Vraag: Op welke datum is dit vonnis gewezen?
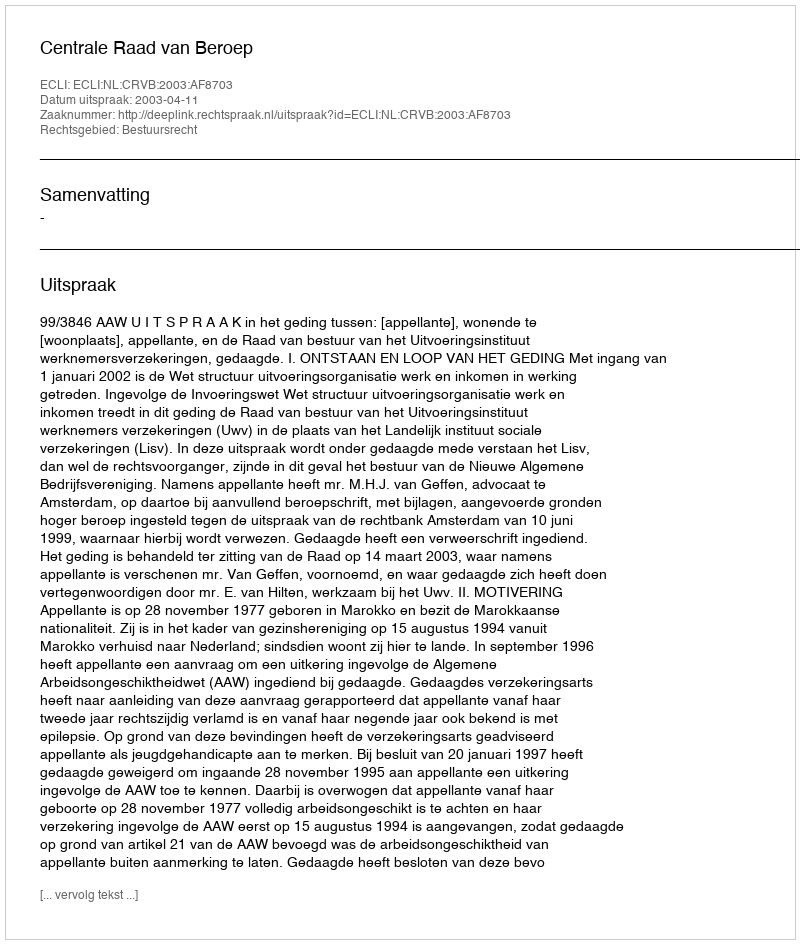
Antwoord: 2003-04-11